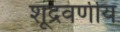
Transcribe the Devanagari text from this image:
शूद्रवर्णीय